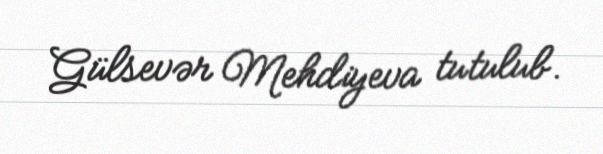
Gülsevər Mehdiyeva tutulub.